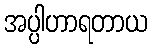
အပ္ပါဟာရတာယ